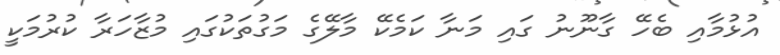
އުޅުމާއި ބެހޭ ގާނޫނު ގައި މަނާ ކަމެކޭ މާލޭގެ މަގުތަކުގައި މުޒާހަރާ ކުރުމަކީ